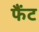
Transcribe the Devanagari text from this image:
फैंट